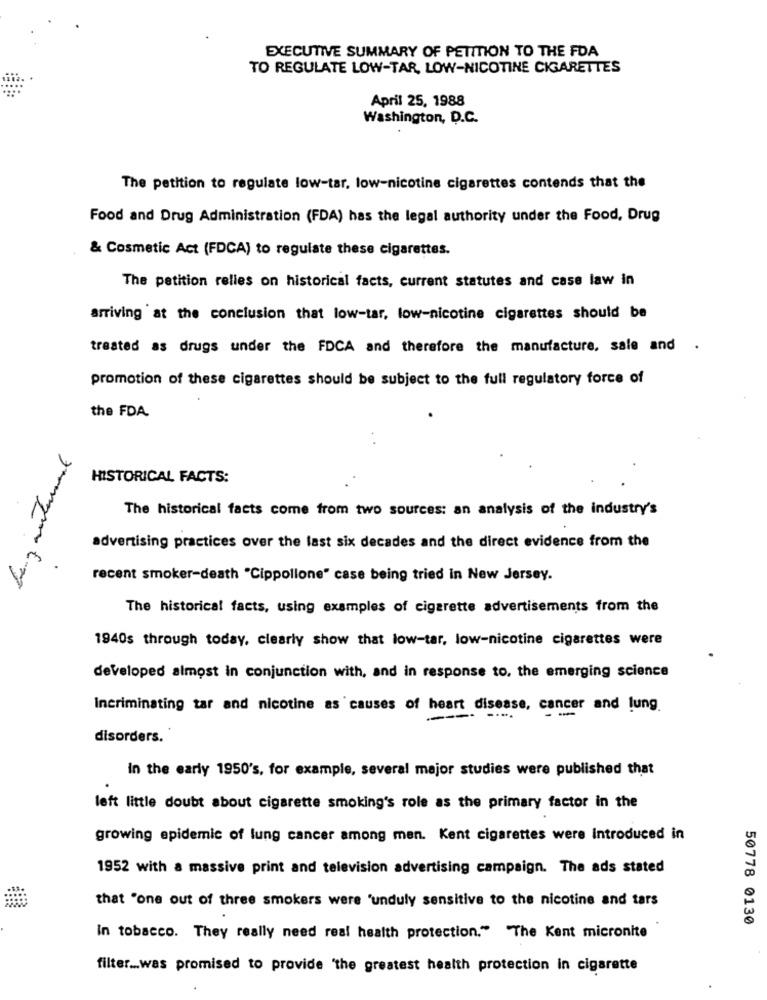
EXECUTIVE SUMMARY OF PETITION TO THE FDA
TO REGULATE LOW-TAR, LOW-NICOTINE CIGARETTES
April 25, 1988
Washington, D.C.
The petition to regulate low-tar, low-nicotine cigarettes contends that the
Food and Drug Administration (FDA) has the legal authority under the Food, Drug
& Cosmetic Act (FDCA) to regulate these cigarettes.
The petition relles on historical facts, current statutes and case law in
arriving at the conclusion that low-tar, low-nicotine cigarettes should be
treated as drugs under the FDCA and therefore the manufacture, sale and .
promotion of these cigarettes should be subject to the full regulatory force of
the FDA
HISTORICAL FACTS:
The historical facts come from two sources: an analysis of the industry's
advertising practices over the last six decades and the direct evidence from the
recent smoker-death "Cippollone" case being tried in New Jersey.
The historical facts, using examples of cigarette advertisements from the
1940s through today, clearly show that low-tar, low-nicotine cigarettes were
developed almost in conjunction with, and in response to, the emerging science
Incriminating tar and nicotine as causes of heart disease, cancer and lung.
disorders.
in the early 1950's, for example, several major studies were published that
left little doubt about cigarette smoking's role as the primary factor in the
growing epidemic of lung cancer among men. Kent cigarettes were Introduced in
1952 with a massive print and television advertising campaign. The ads stated
that "one out of three smokers were 'unduly sensitive to the nicotine and tars
50778 0130
In tobacco. They really need real health protection." "The Kent micronite
filter ... was promised to provide 'the greatest health protection in cigarette